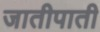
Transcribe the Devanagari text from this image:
जातीपाती